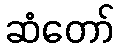
ဆံတော်